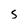
Character: 5